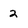
Character: 2